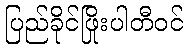
ပြည်ခိုင်ဖြိုးပါတီဝင်